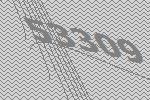
53309